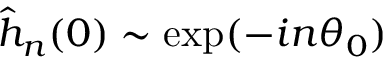
\hat { h } _ { n } ( 0 ) \sim \mathrm { e x p } ( - i n \theta _ { 0 } )